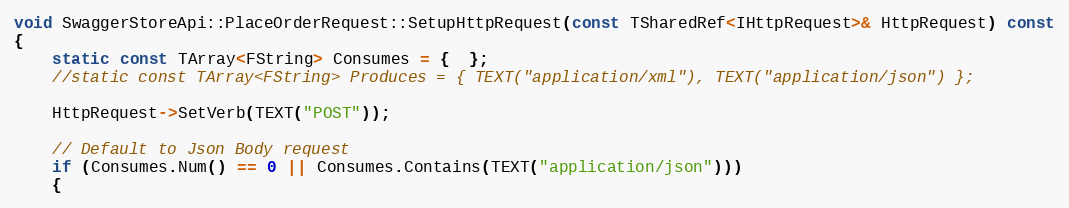
Language: C++
void SwaggerStoreApi::PlaceOrderRequest::SetupHttpRequest(const TSharedRef<IHttpRequest>& HttpRequest) const
{
	static const TArray<FString> Consumes = {  };
	//static const TArray<FString> Produces = { TEXT("application/xml"), TEXT("application/json") };

	HttpRequest->SetVerb(TEXT("POST"));

	// Default to Json Body request
	if (Consumes.Num() == 0 || Consumes.Contains(TEXT("application/json")))
	{